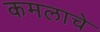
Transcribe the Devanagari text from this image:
कमलाचे